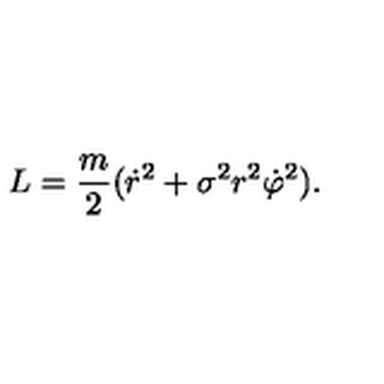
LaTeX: L = \frac { m } { 2 } ( \dot { r } { } ^ { 2 } + \sigma ^ { 2 } r ^ { 2 } \dot { \varphi } { } ^ { 2 } ) .